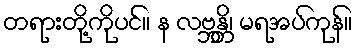
တရားတို့ကိုပင်။ န လဗ္ဘန္တိ၊ မရအပ်ကုန်။